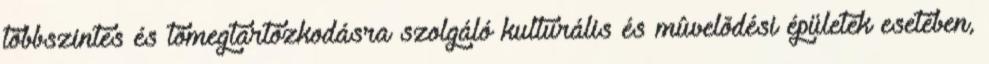
többszintes és tömegtartózkodásra szolgáló kulturális és mûvelõdési épületek esetében,